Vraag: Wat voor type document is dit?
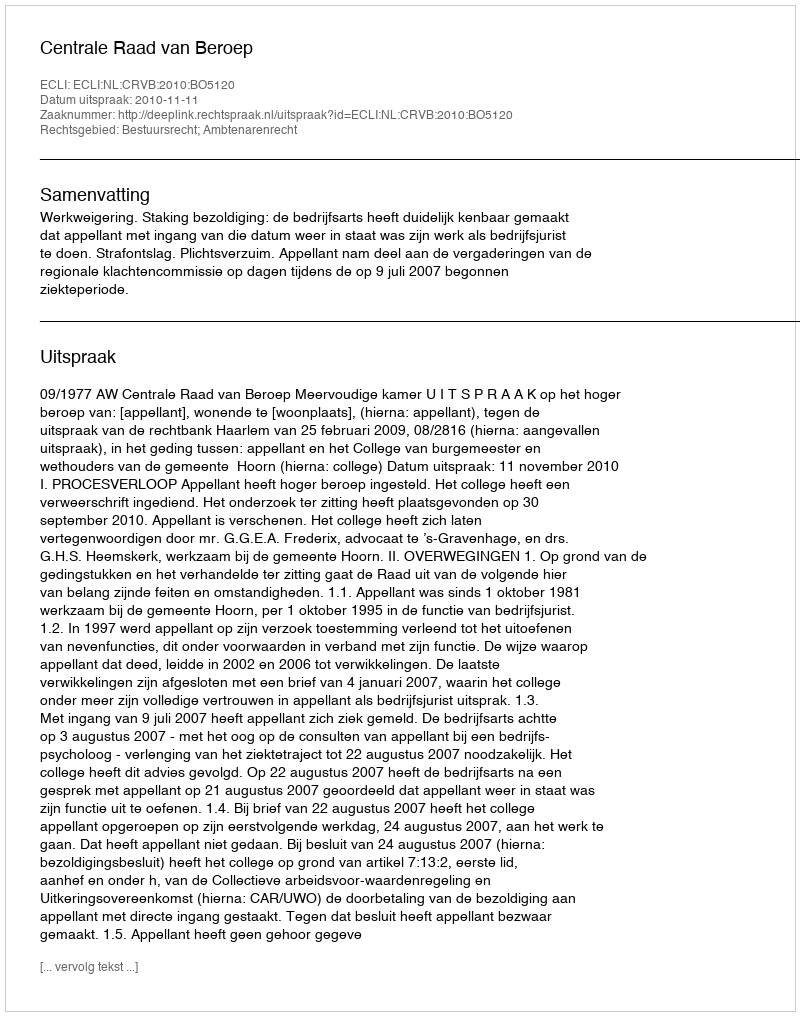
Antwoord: Uitspraak